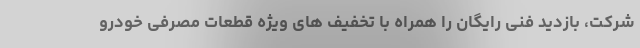
شرکت، بازدید فنی رایگان را همراه با تخفیف های ویژه قطعات مصرفی خودرو